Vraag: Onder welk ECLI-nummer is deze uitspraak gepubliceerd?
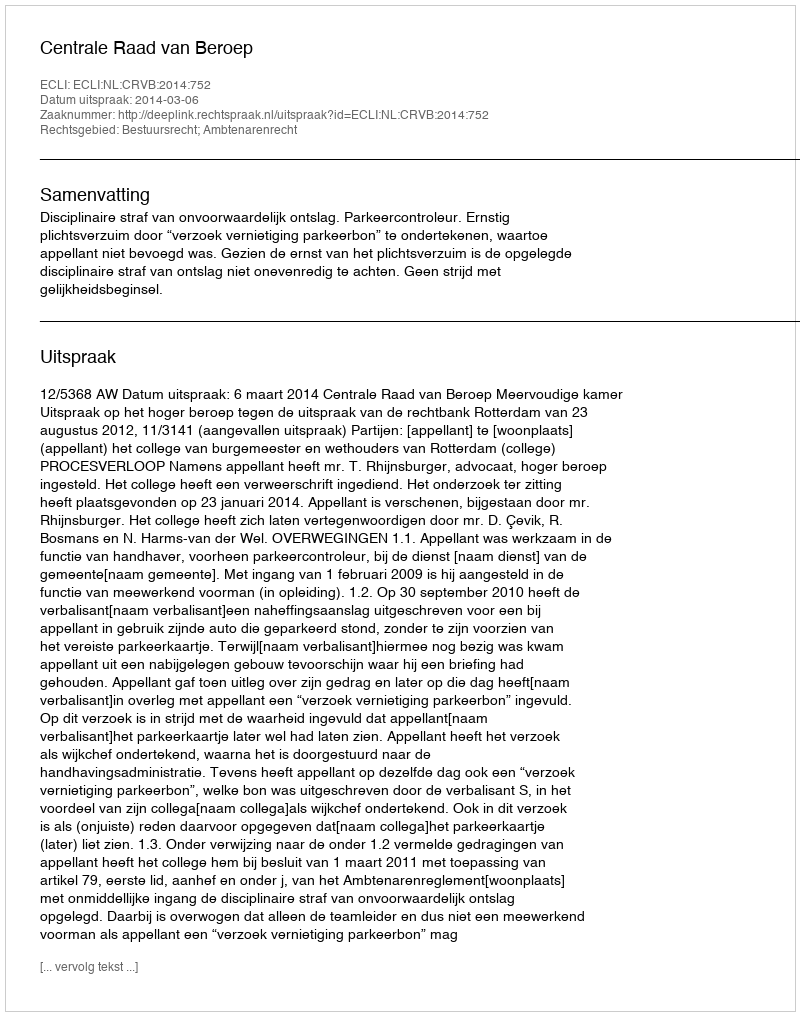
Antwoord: ECLI:NL:CRVB:2014:752